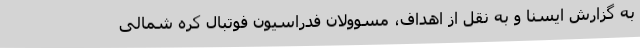
به گزارش ایسنا و به نقل از اهداف، مسوولان فدراسیون فوتبال کره شمالی